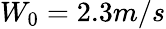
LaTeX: W_{0}=2.3m/s